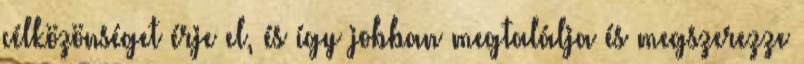
célközönséget érje el, és így jobban megtalálja és megszerezze